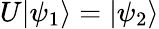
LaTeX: U|\psi_{1}\rangle=|\psi_{2}\rangle